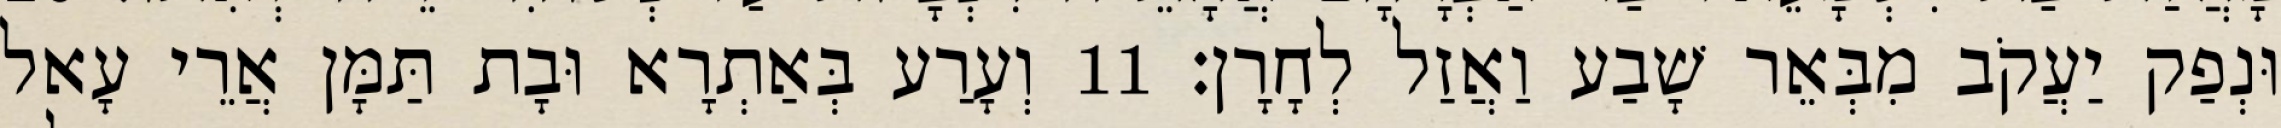
וּנְפַק יַעֲקֹב מִבְּאֵר שָׁבַע וַאֲזַל לְחָרָן׃ 11 וְעָרַע בְּאַתְרָא וּבָת תַּמָּן אֲרֵי עָאל